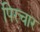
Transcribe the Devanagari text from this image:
पिरचार